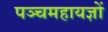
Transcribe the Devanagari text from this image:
पञ्चमहायज्ञों